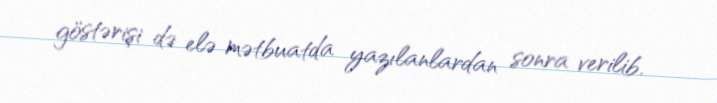
göstərişi də elə mətbuatda yazılanlardan sonra verilib.